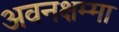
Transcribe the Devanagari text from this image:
अवनक्षम्मा